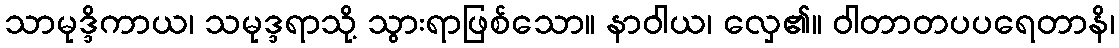
သာမုဒ္ဒိကာယ၊ သမုဒ္ဒရာသို့ သွားရာဖြစ်သော။ နာဝါယ၊ လှေ၏။ ဝါတာတပပရေတာနိ၊